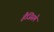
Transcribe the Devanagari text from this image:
हैजिसमे